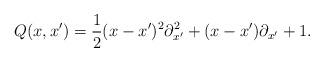
LaTeX: \begin{align*}Q(x,x')=\frac{1}{2}(x-x')^2{\partial}^2_{x'}+(x-x'){\partial}_{x'}+1.\end{align*}